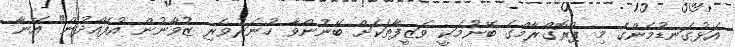
އަޅުގަނޑުމެންގެ މި ޕްރޮގްރާމްގެ ބޭނުމަކީ ވަޒީފާތަކަށް ބޭނުންވާ ހުނަރުވެރި ޒުވާނުން އުފެއްދުން" އޭނާ